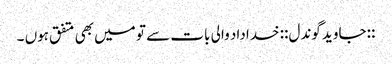
::جاوید گوندل:: خداداد والی بات سے تو میں‌ بھی متفق ہوں ۔